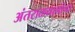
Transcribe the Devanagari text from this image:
अंतराळयानांना